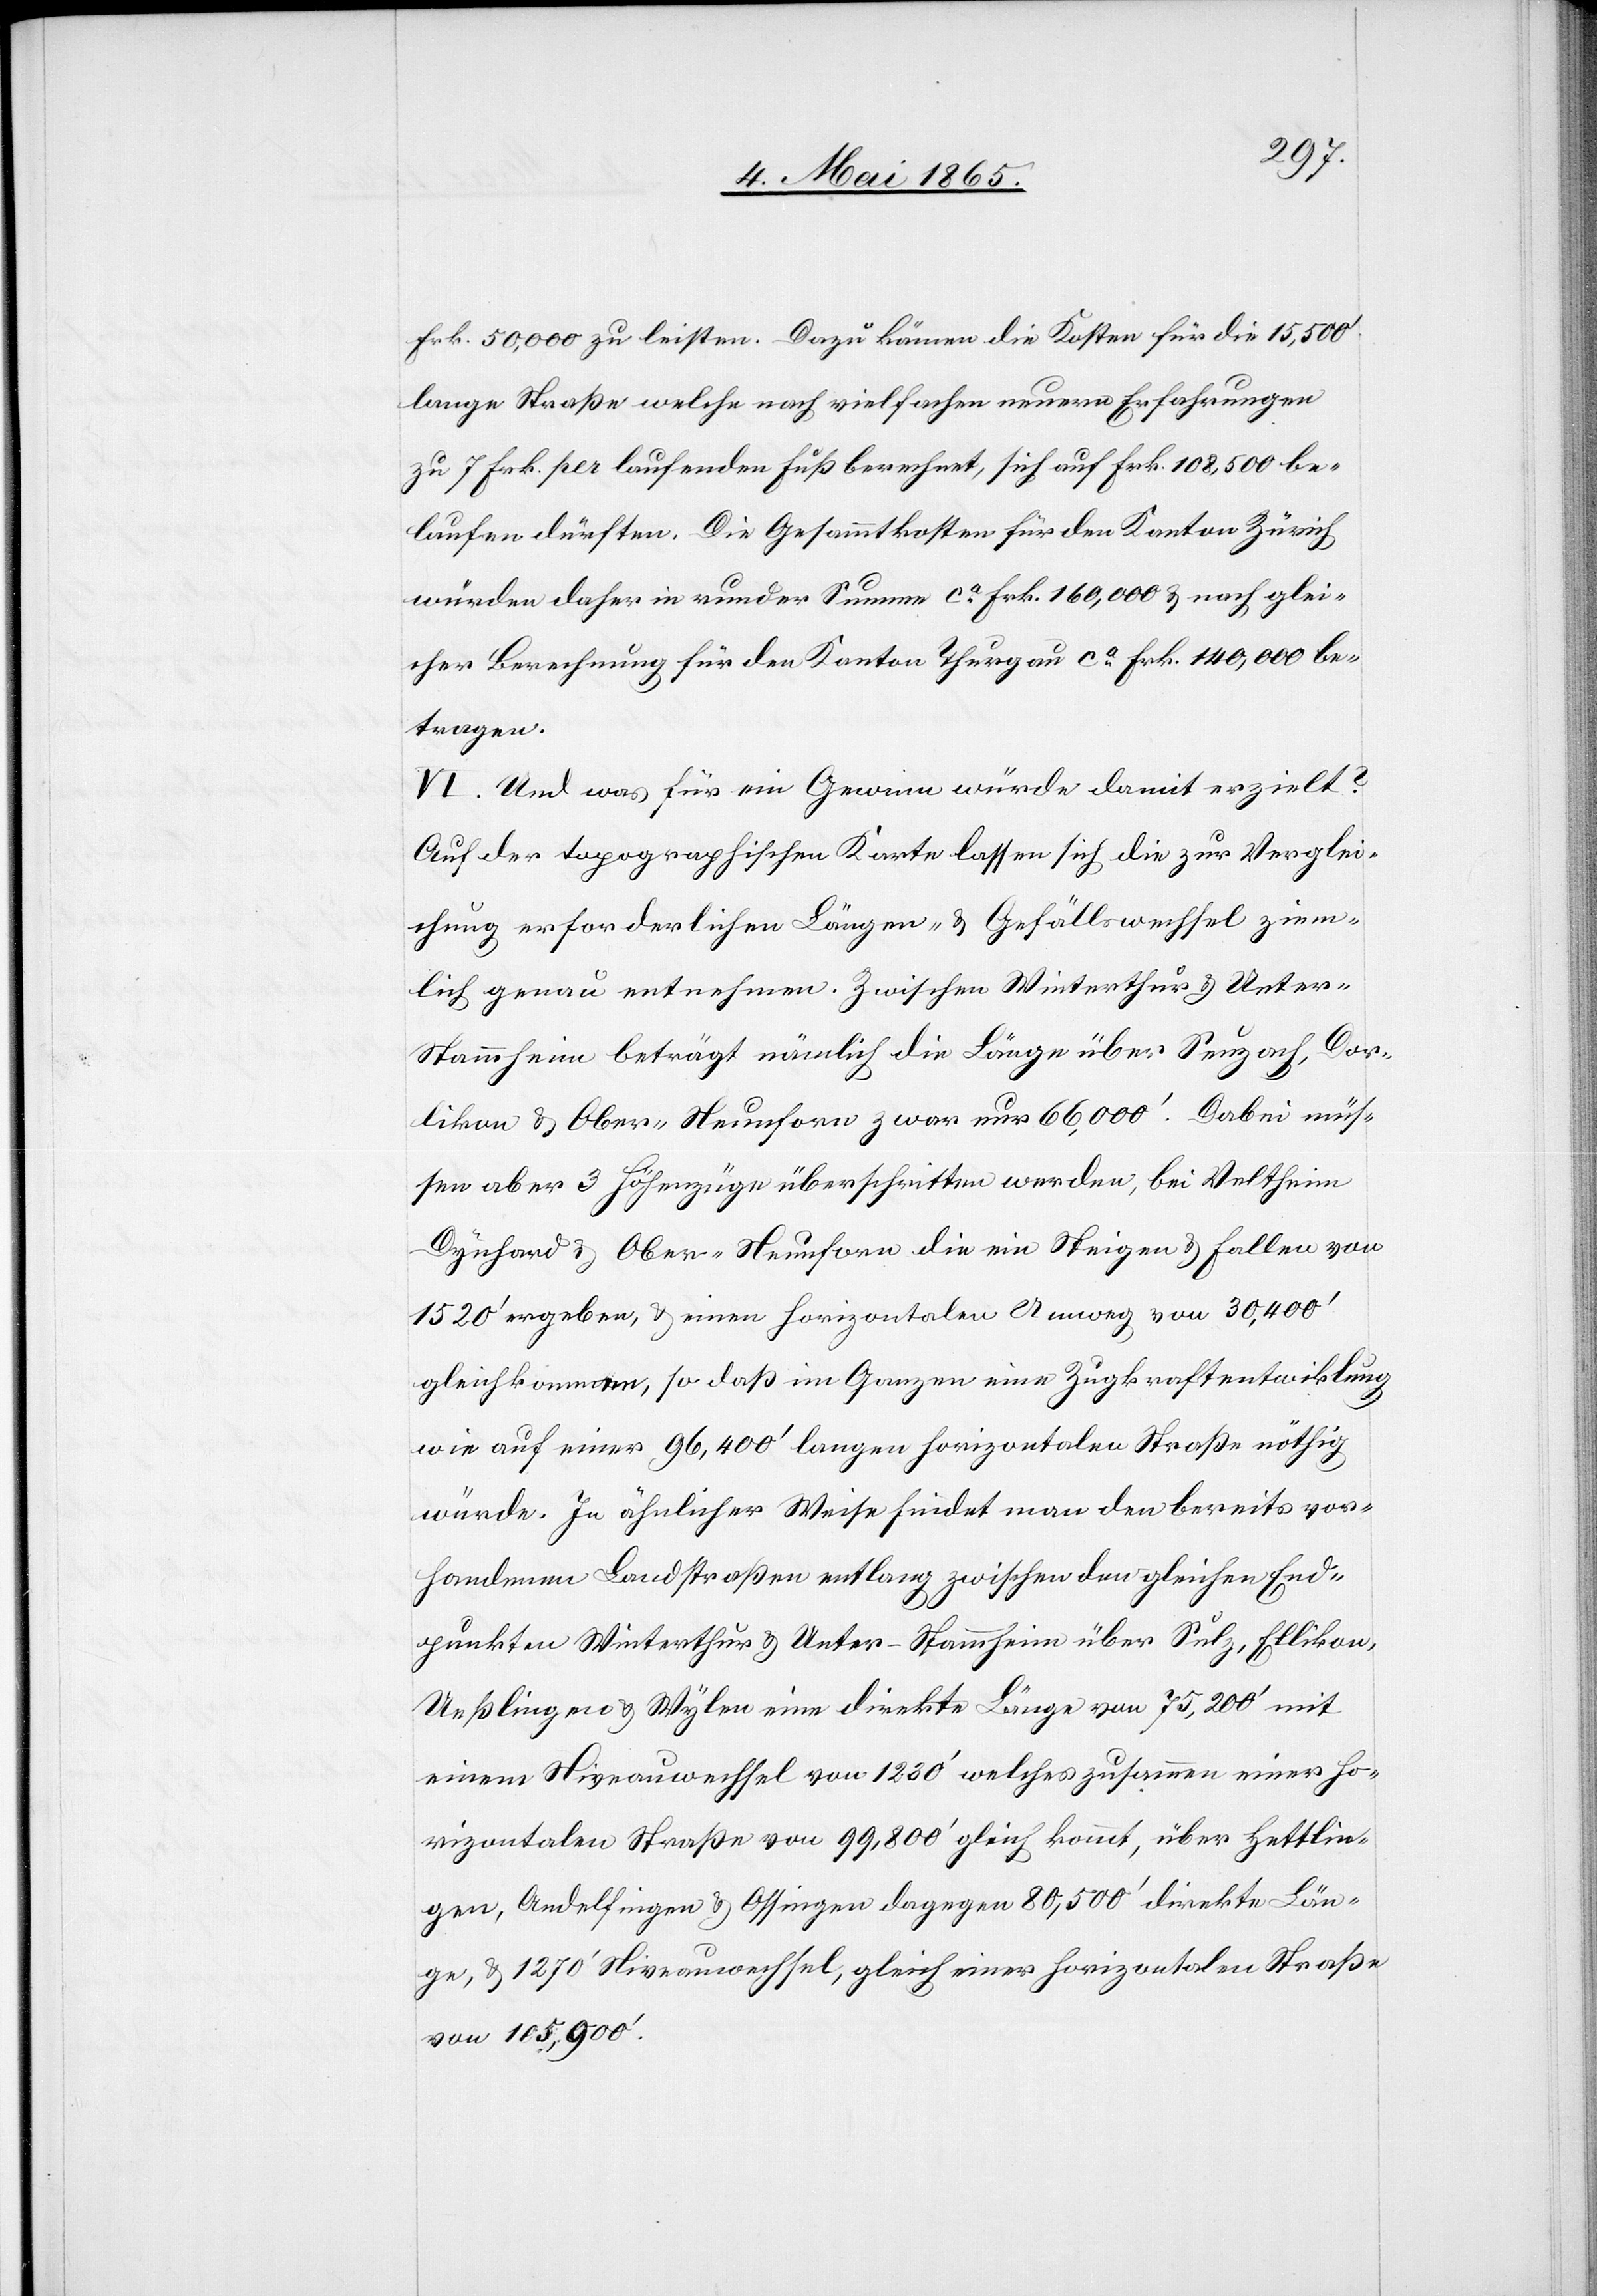
Frk. 50,000 zu leisten. Dazu kämen die Kosten für die 15,500’
lange Straße welche nach vielfachen neuern Erfahrungen
zu 7 Frk. per laufenden Fuß berechnet, sich auf Frk. 108,500 be¬
laufen dürften. Die Gesammtkosten für den Kanton Zürich
würden daher in runder Summe ca Frk. 160,000 & nach glei¬
cher Berechnung für den Kanton Thurgau ca Frk. 140,000 be¬
tragen.
VI. Und was für ein Gewinn würde damit erzielt?
Auf der topographischen Karte lassen sich die zur Verglei¬
chung erforderlichen Längen- & Gefällswechsel ziem¬
lich genau entnehmen. Zwischen Winterthur & Unter-S¬
tammheim beträgt nämlich die Länge über Seuzach, Dor¬
likon & Ober-Neunforn zwar nur 66,000’. Dabei müs¬
sen aber 3 Höhenzüge überschritten werden, bei Veltheim[,]
Dynhard & Ober-Neunforn die ein Steigen & Fallen von
1520’ ergeben, & einen horizontalen Umweg von 30,400’
gleichkommen, so daß im Ganzen eine Zugkraftentwiklung
wie auf einer 96,400’ langen horizontalen Straße nöthig
würde. In ähnlicher Weise findet man den bereits vor¬
handenen Landstraßen entlang zwischen den gleichen End¬
punkten Winterthur & Unter-Stammheim über Sulz, Ellikon,
Ueßlingen & Wylen eine direkte Länge von 75,200’ mit
einem Niveauwechsel von 1230’ welches zusammen einer ho¬
rizontalen Straße von 99,800’ gleich kommt, über Hettlin¬
gen, Andelfingen & Ossingen dagegen 80,500’ direkte Län¬
ge, & 1270’ Niveauwechsel, gleich einer horizontalen Straße
von 105,900’.